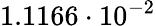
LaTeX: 1.1166\cdot 10^{-2}